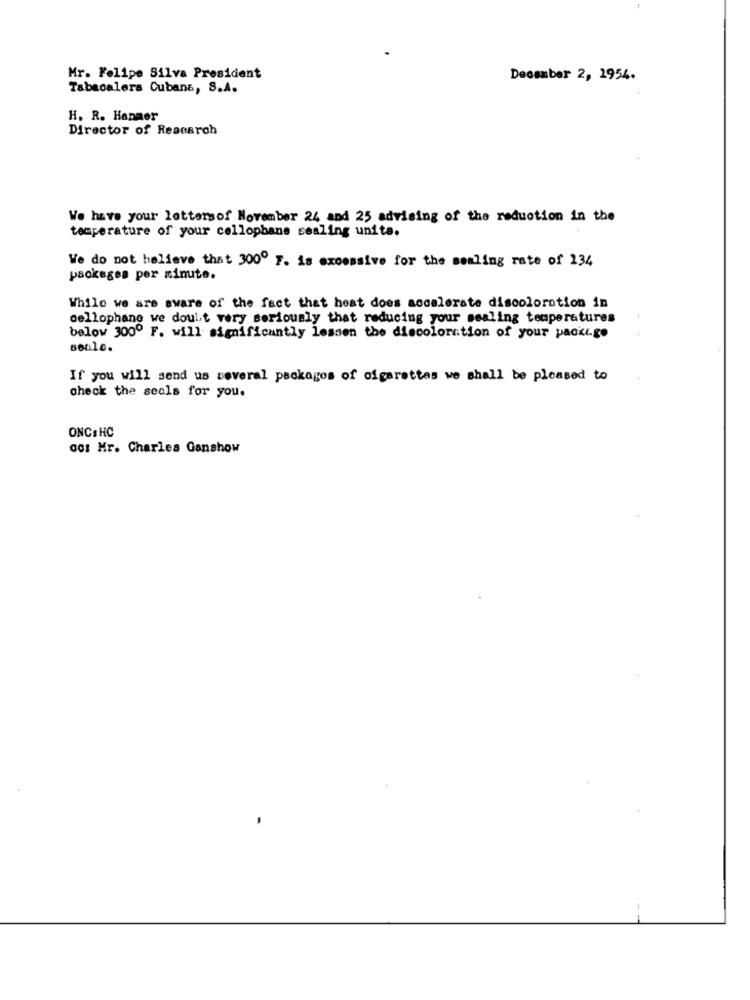
Mr. Felipe Silva President
December 2, 1954.
Tabacalera Cubana, S.A.
H. R. Hanmer
Director of Research
We have your lettersof November 24 and 25 advising of the reduction in the
temperature of your cellophane sealing unita.
We do not believe that 300º F. is excessive for the sealing rate of 134
packages per minute.
While we are aware of the fact that heat does accelerate discoloration in
cellophane we doult very seriously that reducing your sealing temperatures
below 3000 F. will significantly lessen the discoloration of your package
Boulc.
If you will send us several packages of cigarettes we shall be pleased to
check the seals for you.
ONCE HC
co: Mr. Charles Ganshow